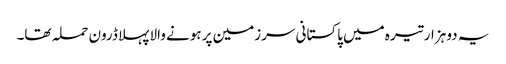
یہ دو ہزار تیرہ میں پاکستانی سرزمین پر ہونے والا پہلا ڈرون حملہ تھا۔